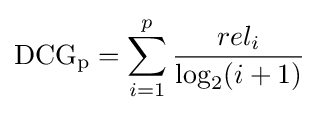
\mathrm {DCG_{p}} =\sum _{i=1}^{p}{\frac {rel_{i}}{\log _{2}(i+1)}}